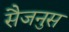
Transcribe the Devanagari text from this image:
सैजनुस